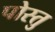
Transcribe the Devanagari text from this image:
पोस्तु